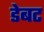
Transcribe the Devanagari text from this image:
डेबट